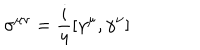
\sigma ^ { \mu \nu } = \frac { i } { 4 } [ \gamma ^ { \mu } , \gamma ^ { \nu } ] \label 7